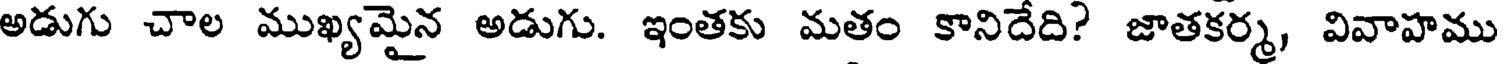
అడుగు చాల ముఖ్యమైన అడుగు. ఇంతకు మతం కానిదేది? జాతకర్మ, వివాహము